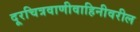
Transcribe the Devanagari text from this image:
दूरचित्रवाणीवाहिनीवरील